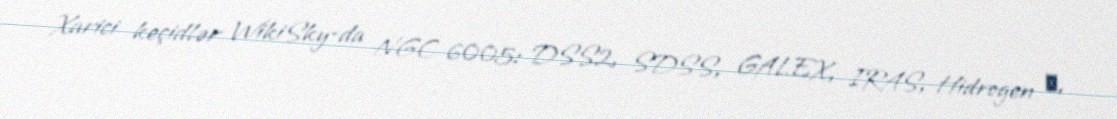
Xarici keçidlər WikiSky-da NGC 6005: DSS2, SDSS, GALEX, IRAS, Hidrogen α,